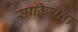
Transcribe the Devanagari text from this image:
साक्रियता